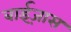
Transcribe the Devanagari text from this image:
बाईज़ास